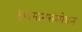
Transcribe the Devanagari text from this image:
हवामानसंशोधन